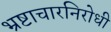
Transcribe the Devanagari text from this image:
भ्रष्टाचारनिरोधी